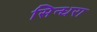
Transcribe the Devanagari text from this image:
सिन्धरा